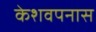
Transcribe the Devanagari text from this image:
केशवपनास